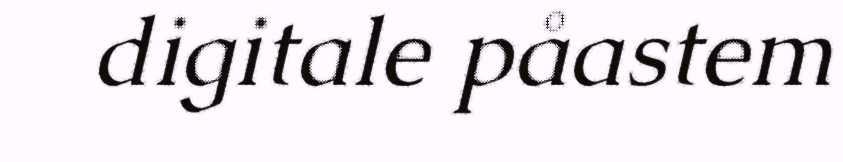
digitale påastem